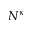
N ^ { \kappa }